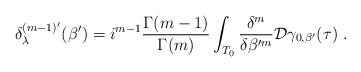
LaTeX: \begin{align*} \delta_\lambda^{(m-1)'}(\beta')=i^{m-1}\frac{\Gamma(m-1)}{\Gamma(m)} \int_{T_0}\frac{\delta^m}{\delta \beta'^m}\mathcal{D}{\gamma}_{0,\beta'}(\tau)\;. \end{align*}